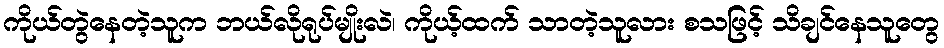
ကိုယ်တွဲနေတဲ့သူက ဘယ်လိုရုပ်မျိုးလဲ၊ ကိုယ့်ထက် သာတဲ့သူလား စသဖြင့် သိချင်နေသူတွေ